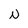
Character: N